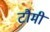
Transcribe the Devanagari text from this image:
टौमी